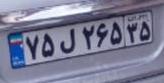
۷۵ل۲۶۵۳۵